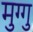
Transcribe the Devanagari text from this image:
मुग्गु